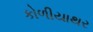
કોળીયાથર